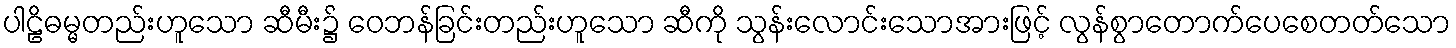
ပါဠိဓမ္မတည်းဟူသော ဆီမီး၌ ဝေဘန်ခြင်းတည်းဟူသော ဆီကို သွန်းလောင်းသောအားဖြင့် လွန်စွာတောက်ပေစေတတ်သော